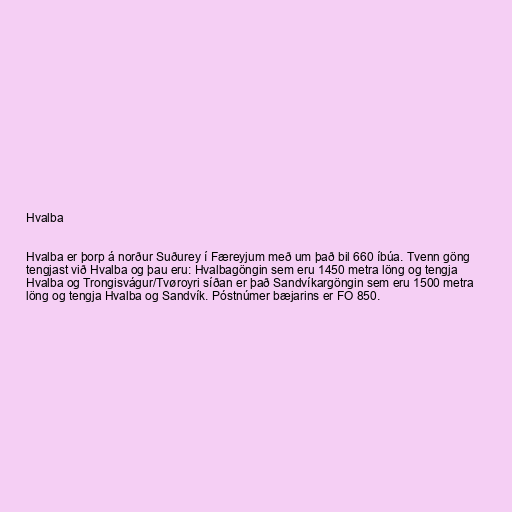
Hvalba

Hvalba er þorp á norður Suðurey í Færeyjum með um það bil 660 íbúa. Tvenn göng
tengjast við Hvalba og þau eru: Hvalbagöngin sem eru 1450 metra löng og tengja
Hvalba og Trongisvágur/Tvøroyri síðan er það Sandvíkargöngin sem eru 1500 metra
löng og tengja Hvalba og Sandvík. Póstnúmer bæjarins er FO 850.